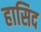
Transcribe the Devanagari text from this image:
हासिद